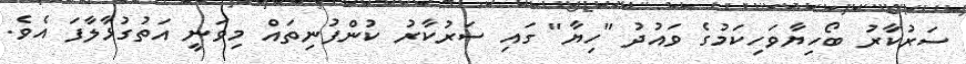
ސަރުކާރު ބޯހިޔާވަހިކަމުގެ ވައުދު "ހިޔާ" ގައި ސަރުކާރު ކުންފުނިތައް މިވަނީ އަތުގުޅާލާފަ އެވެ.